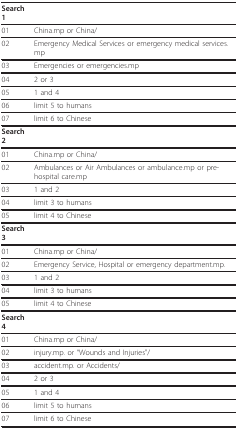
| Search 1 |  |
 | --- | --- |
 | 01 | China.mp or China/ |
 | 02 | Emergency Medical Services or emergency medical services.mp |
 | 03 | Emergencies or emergencies.mp |
 | 04 | 2 or 3 |
 | 05 | 1 and 4 |
 | 06 | limit 5 to humans |
 | 07 | limit 6 to Chinese |
 | Search 2 |  |
 | 01 | China.mp or China/ |
 | 02 | Ambulances or Air Ambulances or ambulance.mp or pre-hospital care.mp |
 | 03 | 1 and 2 |
 | 04 | limit 3 to humans |
 | 05 | limit 4 to Chinese |
 | Search 3 |  |
 | 01 | China.mp or China/ |
 | 02 | Emergency Service, Hospital or emergency department.mp. |
 | 03 | 1 and 2 |
 | 04 | limit 3 to humans |
 | 05 | limit 4 to Chinese |
 | Search 4 |  |
 | 01 | China.mp or China/ |
 | 02 | injury.mp. or "Wounds and Injuries"/ |
 | 03 | accident.mp. or Accidents/ |
 | 04 | 2 or 3 |
 | 05 | 1 and 4 |
 | 06 | limit 5 to humans |
 | 07 | limit 6 to Chinese |